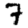
Digit: 7